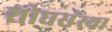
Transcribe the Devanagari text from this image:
शोधसंस्था